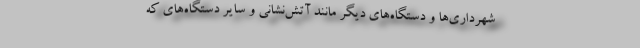
شهرداری‌ها و دستگاه‌های دیگر مانند آتش‌نشانی و سایر دستگاه‌های که